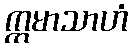
ဣမာသာဟံ